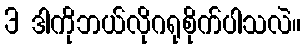
3 ဒါကိုဘယ်လိုဂရုစိုက်ပါသလဲ။